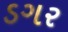
ડગર